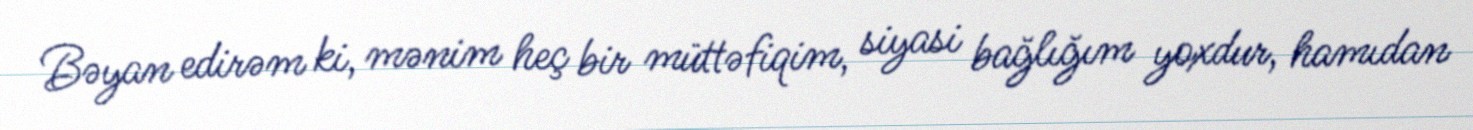
Bəyan edirəm ki, mənim heç bir müttəfiqim, siyasi bağlığım yoxdur, hamıdan